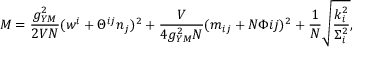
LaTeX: M = \frac { g _ { Y M } ^ { 2 } } { 2 V { \cal N } } ( w ^ { i } + \Theta ^ { i j } n _ { j } ) ^ { 2 } + \frac { V } { 4 g _ { Y M } ^ { 2 } { \cal N } } ( m _ { i j } + { \cal N } \Phi { i j } ) ^ { 2 } + \frac { 1 } { \cal N } \sqrt { \frac { k _ { i } ^ { 2 } } { \Sigma _ { i } ^ { 2 } } } ,